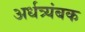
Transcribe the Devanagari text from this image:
अर्धत्र्यंबक